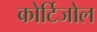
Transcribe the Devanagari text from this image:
कोर्टिजोल